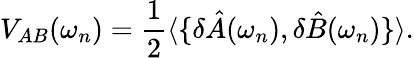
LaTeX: V_{AB}(\omega_{n})=\frac{1}{2}\langle\{ \delta\hat{A}(\omega_{n}),\delta\hat{B}(\omega_{n})\} \rangle.